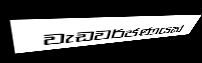
වැඩවර්ජණයක්